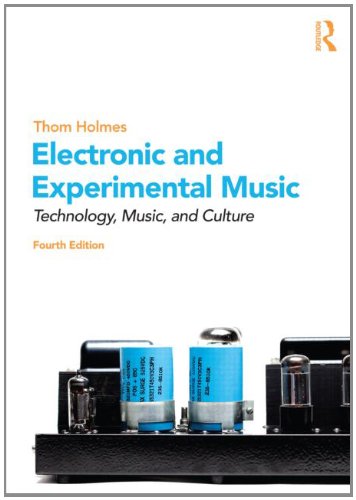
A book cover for Electronic and Experimental Music: Technology, Music, and Culture; Thom Holmes; Medical Books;